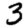
Digit: 3